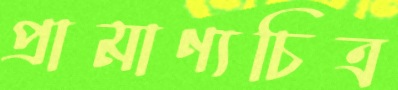
প্রামাণ্যচিত্র